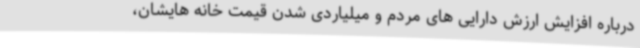
درباره افزایش ارزش دارایی های مردم و میلیاردی شدن قیمت خانه هایشان،